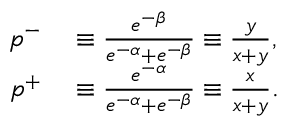
\begin{array} { r l } { p ^ { - } } & { { } \equiv \frac { e ^ { - \beta } } { e ^ { - \alpha } + e ^ { - \beta } } \equiv \frac { y } { x + y } , } \\ { p ^ { + } } & { { } \equiv \frac { e ^ { - \alpha } } { e ^ { - \alpha } + e ^ { - \beta } } \equiv \frac { x } { x + y } . } \end{array}